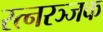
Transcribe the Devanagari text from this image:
रत्नरञ्जक